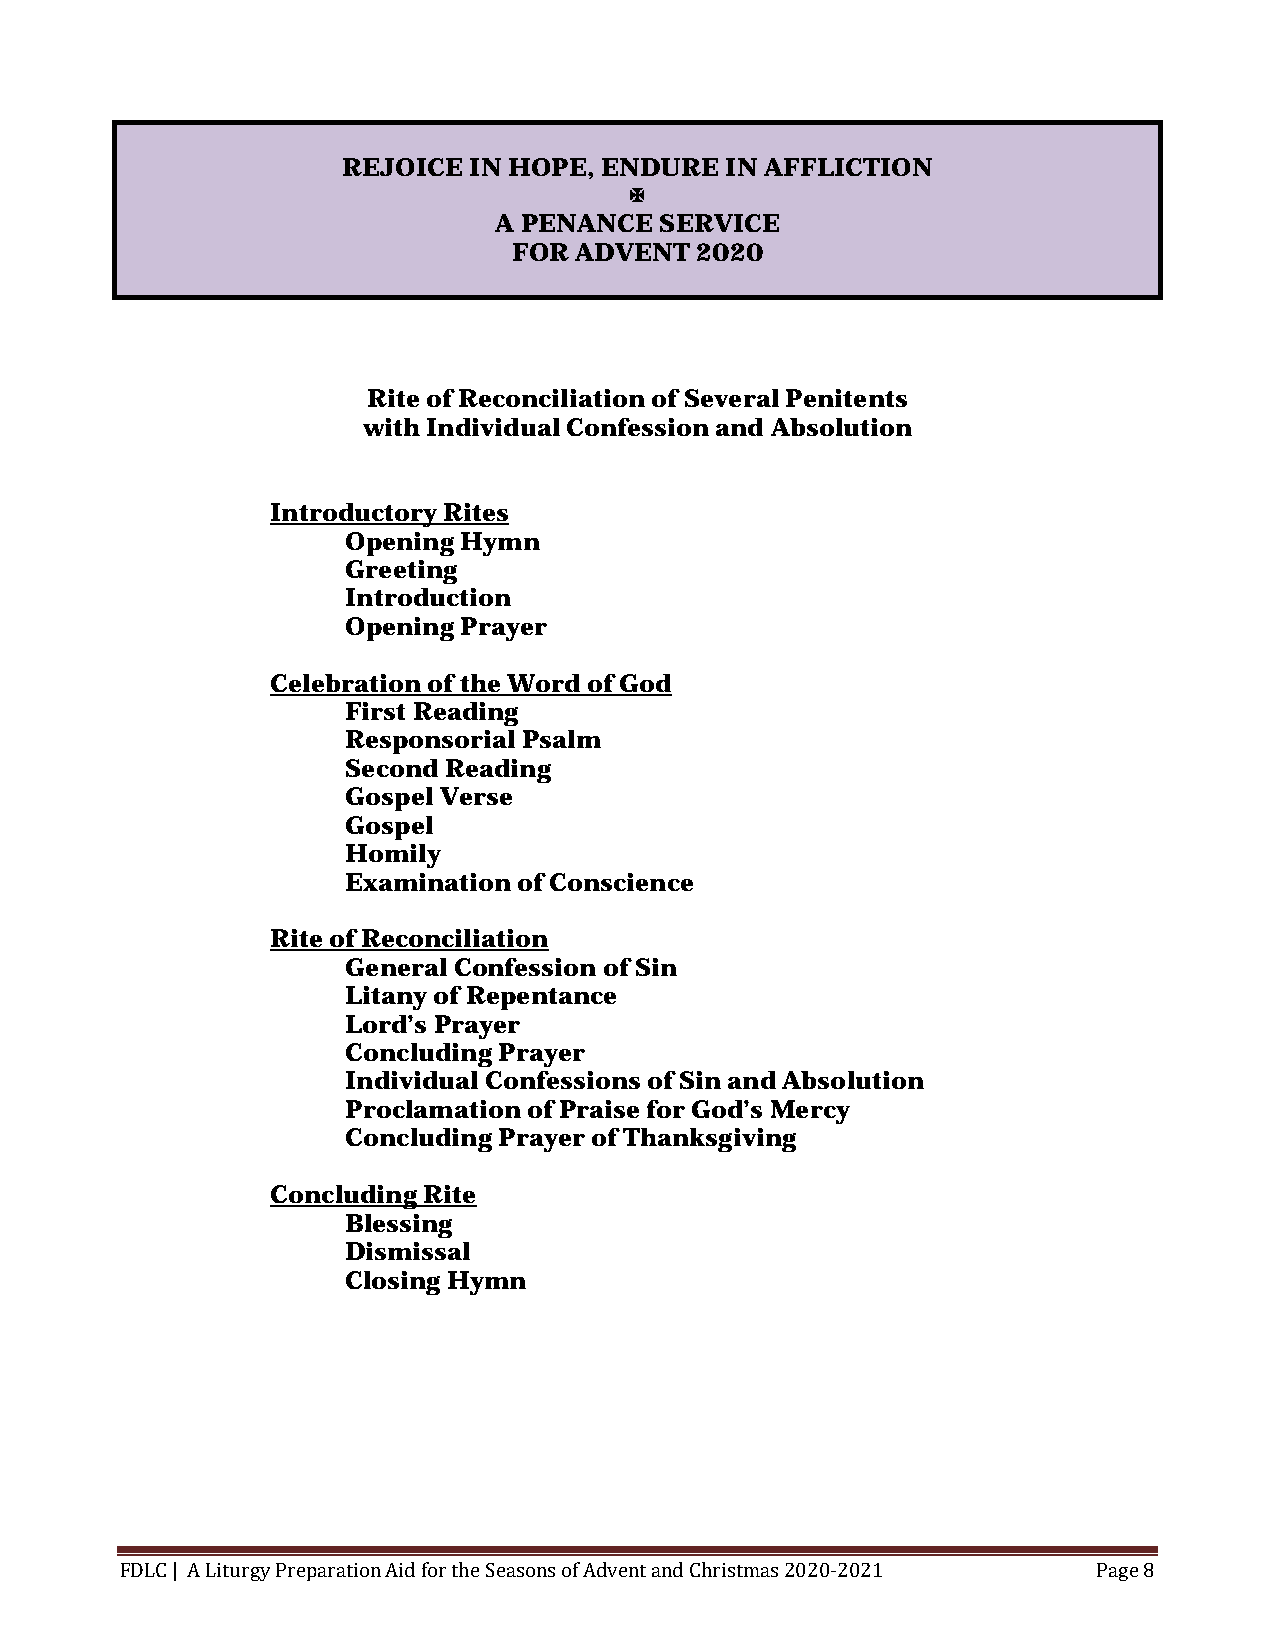
REJOICE IN HOPE, ENDURE  IN AFFLICTION
 
 A PENANCE  SERVICE
 FOR ADVENT  2020
 Rite of Reconciliation of Several Penitents
 with Individual Confession and Absolution
 Introductory Rites
 Opening Hymn
 Greeting
 Introduction
 Opening Prayer
 Celebration of the Word of God
 First Reading
 Responsorial Psalm
 Second Reading
 Gospel Verse
 Gospel
 Homily
 Examination of Conscience
 Rite of Reconciliation
 General Confession of Sin
 Litany of Repentance
 Lord’s Prayer
 Concluding Prayer
 Individual Confessions of Sin and Absolution
 Proclamation of Praise for God’s Mercy
 Concluding Prayer of Thanksgiving
 Concluding Rite
 Blessing
 Dismissal
 Closing Hymn
 FDLC | A Liturgy Preparation Aid for the Seasons of Advent and Christmas 2020-2021 Page 8